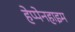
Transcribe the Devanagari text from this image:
हेप्पेनहाइम